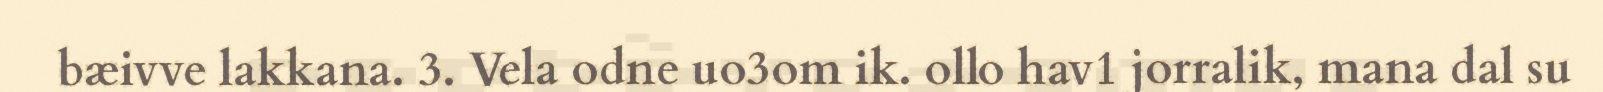
bæivve lakkana. 3. Vela odne uo3om ik. ollo hav1 jorralik, mana dal su